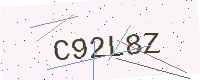
Text: C92L8Z